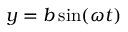
y = b \sin ( \omega t )